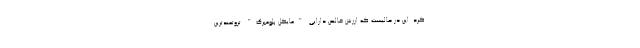
کرد. این در حالیست که ارزش خالص دارایی "مایکل بلومبرگ" ثروتمندترین